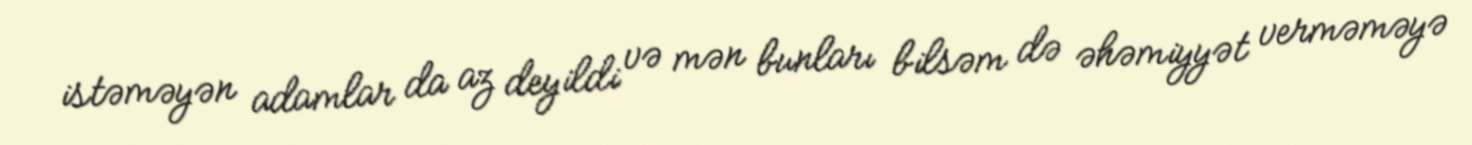
istəməyən adamlar da az deyildi və mən bunları bilsəm də əhəmiyyət verməməyə